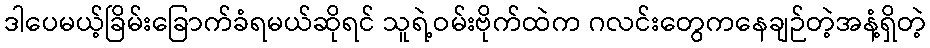
ဒါပေမယ့်ခြိမ်းခြောက်ခံရမယ်ဆိုရင် သူရဲ့ဝမ်းဗိုက်ထဲက ဂလင်းတွေကနေချဉ်တဲ့အနံ့ရှိတဲ့